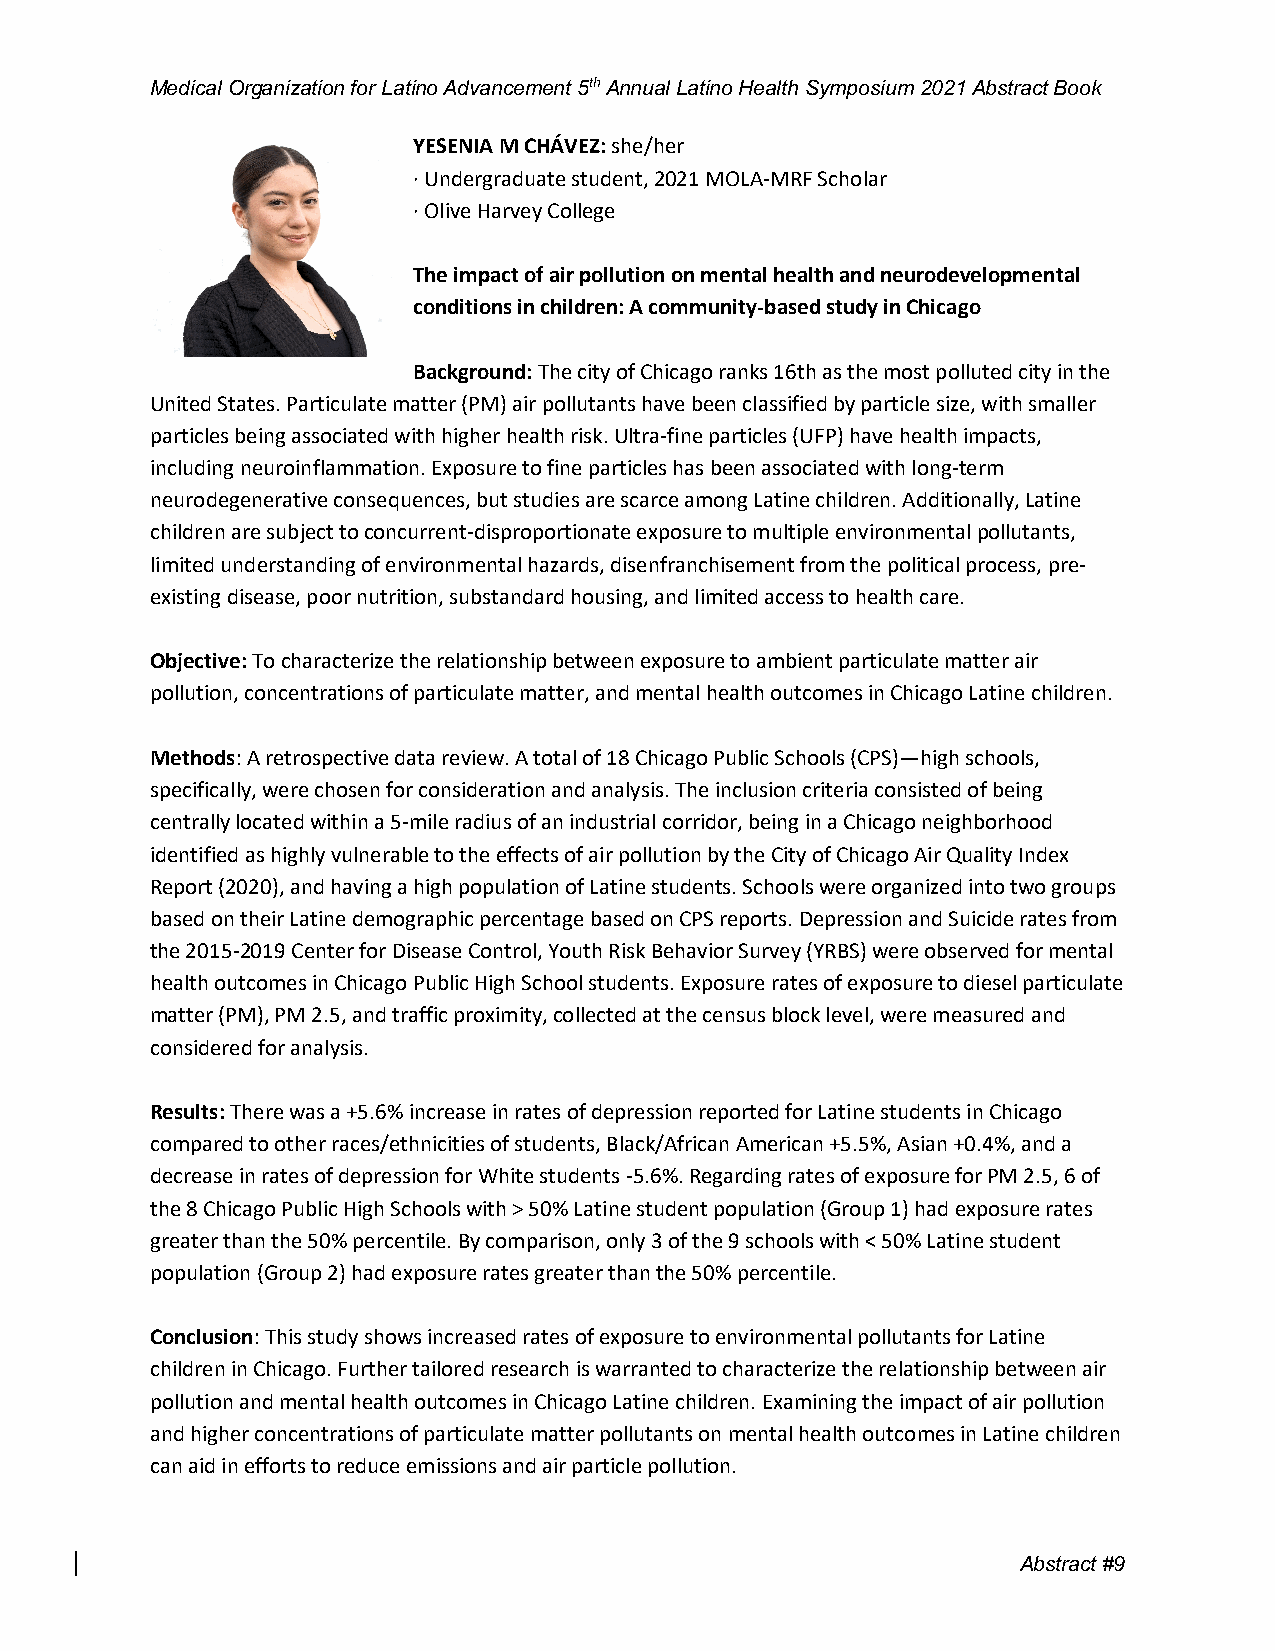
Medical Organization for Latino Advancement 5th Annual Latino Health Symposium 2021 Abstract Book
 YESENIA M CHÁVEZ: she/her
 · Undergraduate student, 2021 MOLA-MRF Scholar
 · Olive Harvey College
 The impact of air pollution on mental health and neurodevelopmental
 conditions in children: A community-based study in Chicago
 Background: The city of Chicago ranks 16th as the most polluted city in the
 United States. Particulate matter (PM) air pollutants have been classified by particle size, with smaller
 particles being associated with higher health risk. Ultra-fine particles (UFP) have health impacts,
 including neuroinflammation. Exposure to fine particles has been associated with long-term
 neurodegenerative consequences, but studies are scarce among Latine children. Additionally, Latine
 children are subject to concurrent-disproportionate exposure to multiple environmental pollutants,
 limited understanding of environmental hazards, disenfranchisement from the political process, pre-
 existing disease, poor nutrition, substandard housing, and limited access to health care.
 Objective: To characterize the relationship between exposure to ambient particulate matter air
 pollution, concentrations of particulate matter, and mental health outcomes in Chicago Latine children.
 Methods: A retrospective data review. A total of 18 Chicago Public Schools (CPS)—high schools,
 specifically, were chosen for consideration and analysis. The inclusion criteria consisted of being
 centrally located within a 5-mile radius of an industrial corridor, being in a Chicago neighborhood
 identified as highly vulnerable to the effects of air pollution by the City of Chicago Air Quality Index
 Report (2020), and having a high population of Latine students. Schools were organized into two groups
 based on their Latine demographic percentage based on CPS reports. Depression and Suicide rates from
 the 2015-2019 Center for Disease Control, Youth Risk Behavior Survey (YRBS) were observed for mental
 health outcomes in Chicago Public High School students. Exposure rates of exposure to diesel particulate
 matter (PM), PM 2.5, and traffic proximity, collected at the census block level, were measured and
 considered for analysis.
 Results: There was a +5.6% increase in rates of depression reported for Latine students in Chicago
 compared to other races/ethnicities of students, Black/African American +5.5%, Asian +0.4%, and a
 decrease in rates of depression for White students -5.6%. Regarding rates of exposure for PM 2.5, 6 of
 the 8 Chicago Public High Schools with > 50% Latine student population (Group 1) had exposure rates
 greater than the 50% percentile. By comparison, only 3 of the 9 schools with < 50% Latine student
 population (Group 2) had exposure rates greater than the 50% percentile.
 Conclusion: This study shows increased rates of exposure to environmental pollutants for Latine
 children in Chicago. Further tailored research is warranted to characterize the relationship between air
 pollution and mental health outcomes in Chicago Latine children. Examining the impact of air pollution
 and higher concentrations of particulate matter pollutants on mental health outcomes in Latine children
 can aid in efforts to reduce emissions and air particle pollution.
 Abstrac t #9